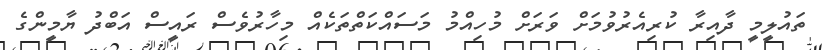
ތައުލީމީ ދާއިރާ ކުރިއެރުވުމަށް ވަރަށް މުހިއްމު މަސައްކަތްތަކެއް މިހާރުވެސް ރައީސް އަބްދު ޔާމީންގެ